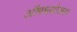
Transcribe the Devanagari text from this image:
औषधयोजना